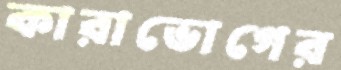
কারাভোগের